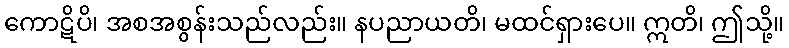
ကောဋိပိ၊ အစအစွန်းသည်လည်း။ နပညာယတိ၊ မထင်ရှားပေ။ ဣတိ၊ ဤသို့။